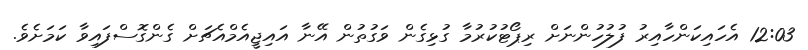
12:03 އެހައިކަންހާއިރު ފުލުހުންނަށް ރިޕޯޓުކުރުމާ ގުޅިގެން ވަގުތުން އޭނާ އައިޖީއެމްއެޗަށް ގެންގޮސްފައިވާ ކަމަށެވެ.